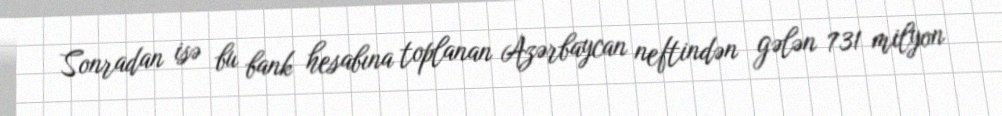
Sonradan isə bu bank hesabına toplanan Azərbaycan neftindən gələn 731 milyon